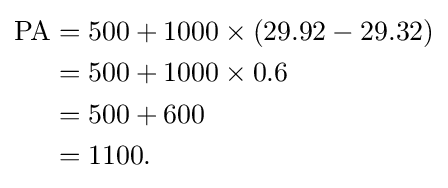
{\begin{aligned}{\text{PA}}&=500+1000\times (29.92-29.32)\\&=500+1000\times 0.6\\&=500+600\\&=1100.\end{aligned}}